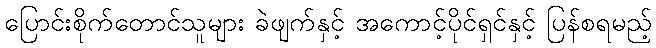
ပြောင်းစိုက်တောင်သူများ ခဲဖျက်နှင့် အကောင့်ပိုင်ရှင်နှင့် ပြန်စရမည့်